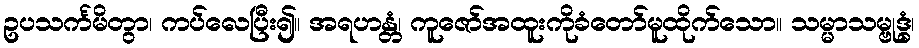
ဥပသင်္ကမိတွာ၊ ကပ်လေပြီး၍။ အရဟန္တံ၊ ကူဇော်အထူးကိုခံတော်မူထိုက်သော။ သမ္မာသမ္ဗုဒ္ဓံ၊